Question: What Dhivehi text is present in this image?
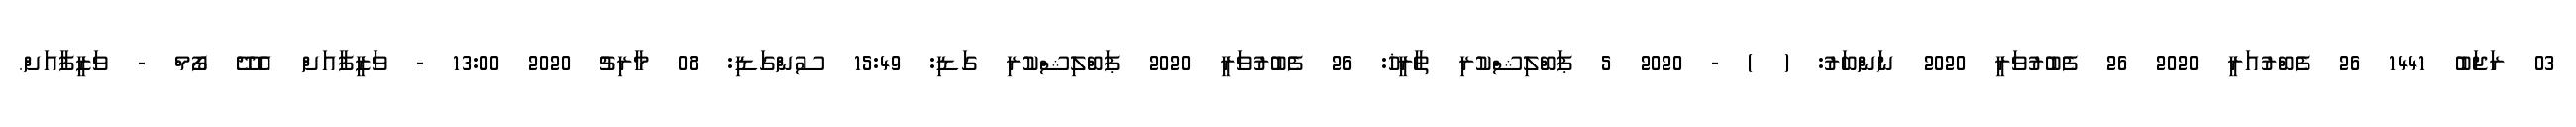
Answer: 03 ރަޖަބު 1441 26 ފެބްރުއަރީ 2020 26 ފެބުރުވަރީ 2020 ނަންބަރު: ( ) - 2020 5 ޕަބްލިޝްކުރި ތާރީޚު: 26 ފެބުރުވަރީ 2020 ޕަބްލިޝްކުރި ގަޑި: 15:49 ސުންގަޑި: 08 މާރިޗު 2020 13:00 - ވަޒީފާއަށް އެދޭ ފޯމް - ވަޒީފާއަށް.